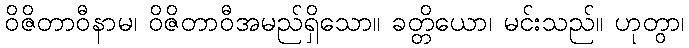
ဝိဇိတာဝီနာမ၊ ဝိဇိတာဝီအမည်ရှိသော။ ခတ္တိယော၊ မင်းသည်။ ဟုတွာ၊